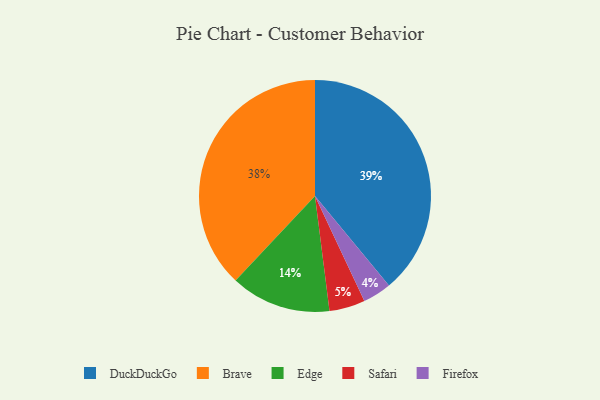
{"axis": {"x": "Category", "y": "Percentage"}, "legend": ["Brave", "DuckDuckGo", "Edge", "Firefox", "Safari"], "data": [{"x": "DuckDuckGo", "y": 39, "type": "DuckDuckGo"}, {"x": "Edge", "y": 14, "type": "Edge"}, {"x": "Safari", "y": 5, "type": "Safari"}, {"x": "Firefox", "y": 4, "type": "Firefox"}, {"x": "Brave", "y": 38, "type": "Brave"}]}